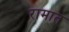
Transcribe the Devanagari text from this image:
रामात